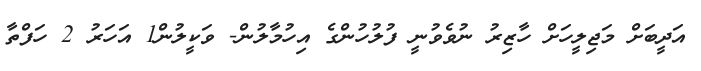
އަދީބަށް މަޖިލީހަށް ހާޒިރު ނުވެވުނީ ފުލުހުންގެ އިހުމާލުން- ވަކީލުން1 އަހަރު 2 ހަފްތާ